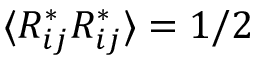
\langle R _ { i j } ^ { * } R _ { i j } ^ { * } \rangle = 1 / 2